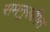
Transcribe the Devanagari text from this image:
समनुरूपित